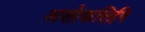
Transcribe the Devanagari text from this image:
अशोकलिपि